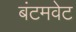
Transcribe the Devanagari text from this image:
बंटमवेट